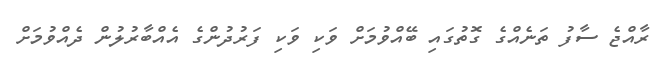
ރާއްޖެ ސާފު ތަނެއްގެ ގޮތުގައި ބޭއްވުމަށް ވަކި ވަކި ފަރުދުންގެ އެއްބާރުލުން ދެއްވުމަށް